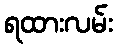
ရထားလမ်း